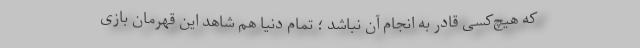
که هیچ‌کسی قادر به انجام آن نباشد ؛ تمام دنیا هم شاهد این قهرمان بازی